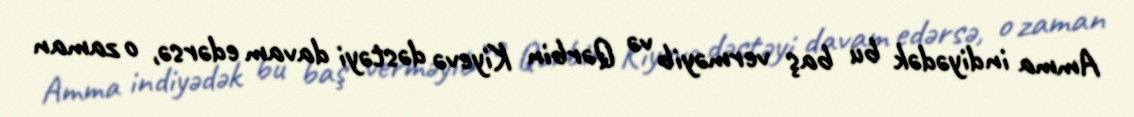
Amma indiyədək bu baş verməyib və Qərbin Kiyevə dəstəyi davam edərsə, o zaman